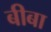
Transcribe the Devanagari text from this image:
बीबा